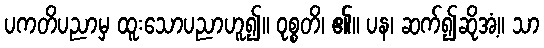
ပကတိပညာမှ ထူးသောပညာဟူ၍။ ဝုစ္စတိ၊ ၏။ ပန၊ ဆက်၍ဆိုအံ့။ သာ